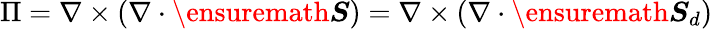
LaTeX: \Pi=\nabla\times(\nabla\cdot\ensuremath{\boldsymbol{S}})=\nabla\times(\nabla\cdot\ensuremath{\boldsymbol{S}}_{d})